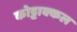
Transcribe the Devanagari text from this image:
कोट्टाक्कल